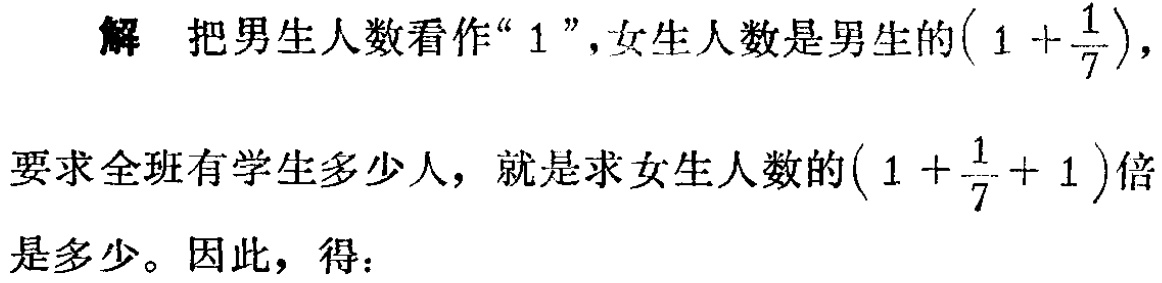
解 把男生人数看作“$1$”，女生人数是男生的$\left(1 + \dfrac{1}{7}\right)$，

要求全班有学生多少人，就是求女生人数的$\left(1 + \dfrac{1}{7} + 1\right)$倍

是多少。因此，得：